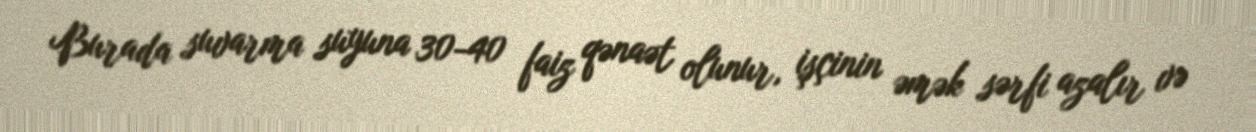
Burada suvarma suyuna 30-40 faiz qənaət olunur, işçinin əmək sərfi azalır və